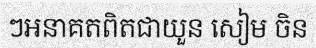
ៗអនាគតពិតជាយួន សៀម ចិន